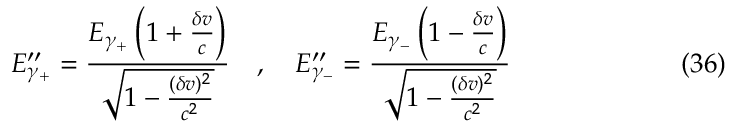
E _ { \gamma _ { + } } ^ { \prime \prime } = \frac { E _ { \gamma _ { + } } \left( 1 + \frac { \delta v } { c } \right) } { \sqrt { 1 - \frac { ( \delta v ) ^ { 2 } } { c ^ { 2 } } } } \quad , \quad E _ { \gamma _ { - } } ^ { \prime \prime } = \frac { E _ { \gamma _ { - } } \left( 1 - \frac { \delta v } { c } \right) } { \sqrt { 1 - \frac { ( \delta v ) ^ { 2 } } { c ^ { 2 } } } } \eqno ( 3 6 )